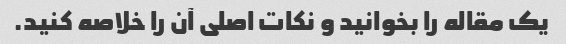
یک مقاله را بخوانید و نکات اصلی آن را خلاصه کنید.